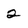
Character: 2